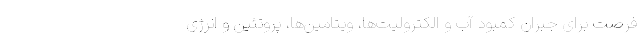
فرصت برای جبران کمبود آب و الکترولیت‌ها، ویتامین‌ها، پروتئین و انرژی